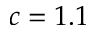
c = 1 . 1